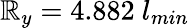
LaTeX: \mathbb{R}_{y}=4.882~l_{min}